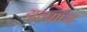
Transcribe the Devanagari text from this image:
यत्प्राप्य